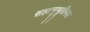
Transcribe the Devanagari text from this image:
सहानूभूतिमय